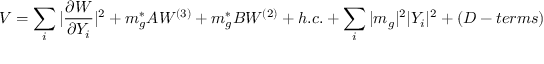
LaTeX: V = \sum _ { i } | \frac { \partial W } { \partial Y _ { i } } | ^ { 2 } + m _ { g } ^ { * } A W ^ { ( 3 ) } + m _ { g } ^ { * } B W ^ { ( 2 ) } + h . c . + \sum _ { i } | m _ { g } | ^ { 2 } | Y _ { i } | ^ { 2 } + ( D - t e r m s )